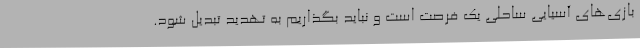
بازی‌های آسیایی ساحلی یک فرصت است و نباید بگذاریم به تهدید تبدیل شود.